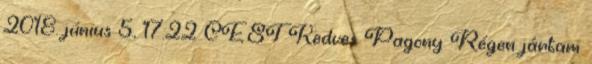
2018. június 5., 17:22 CEST Kedves Pagony Régen jártam